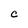
Character: C